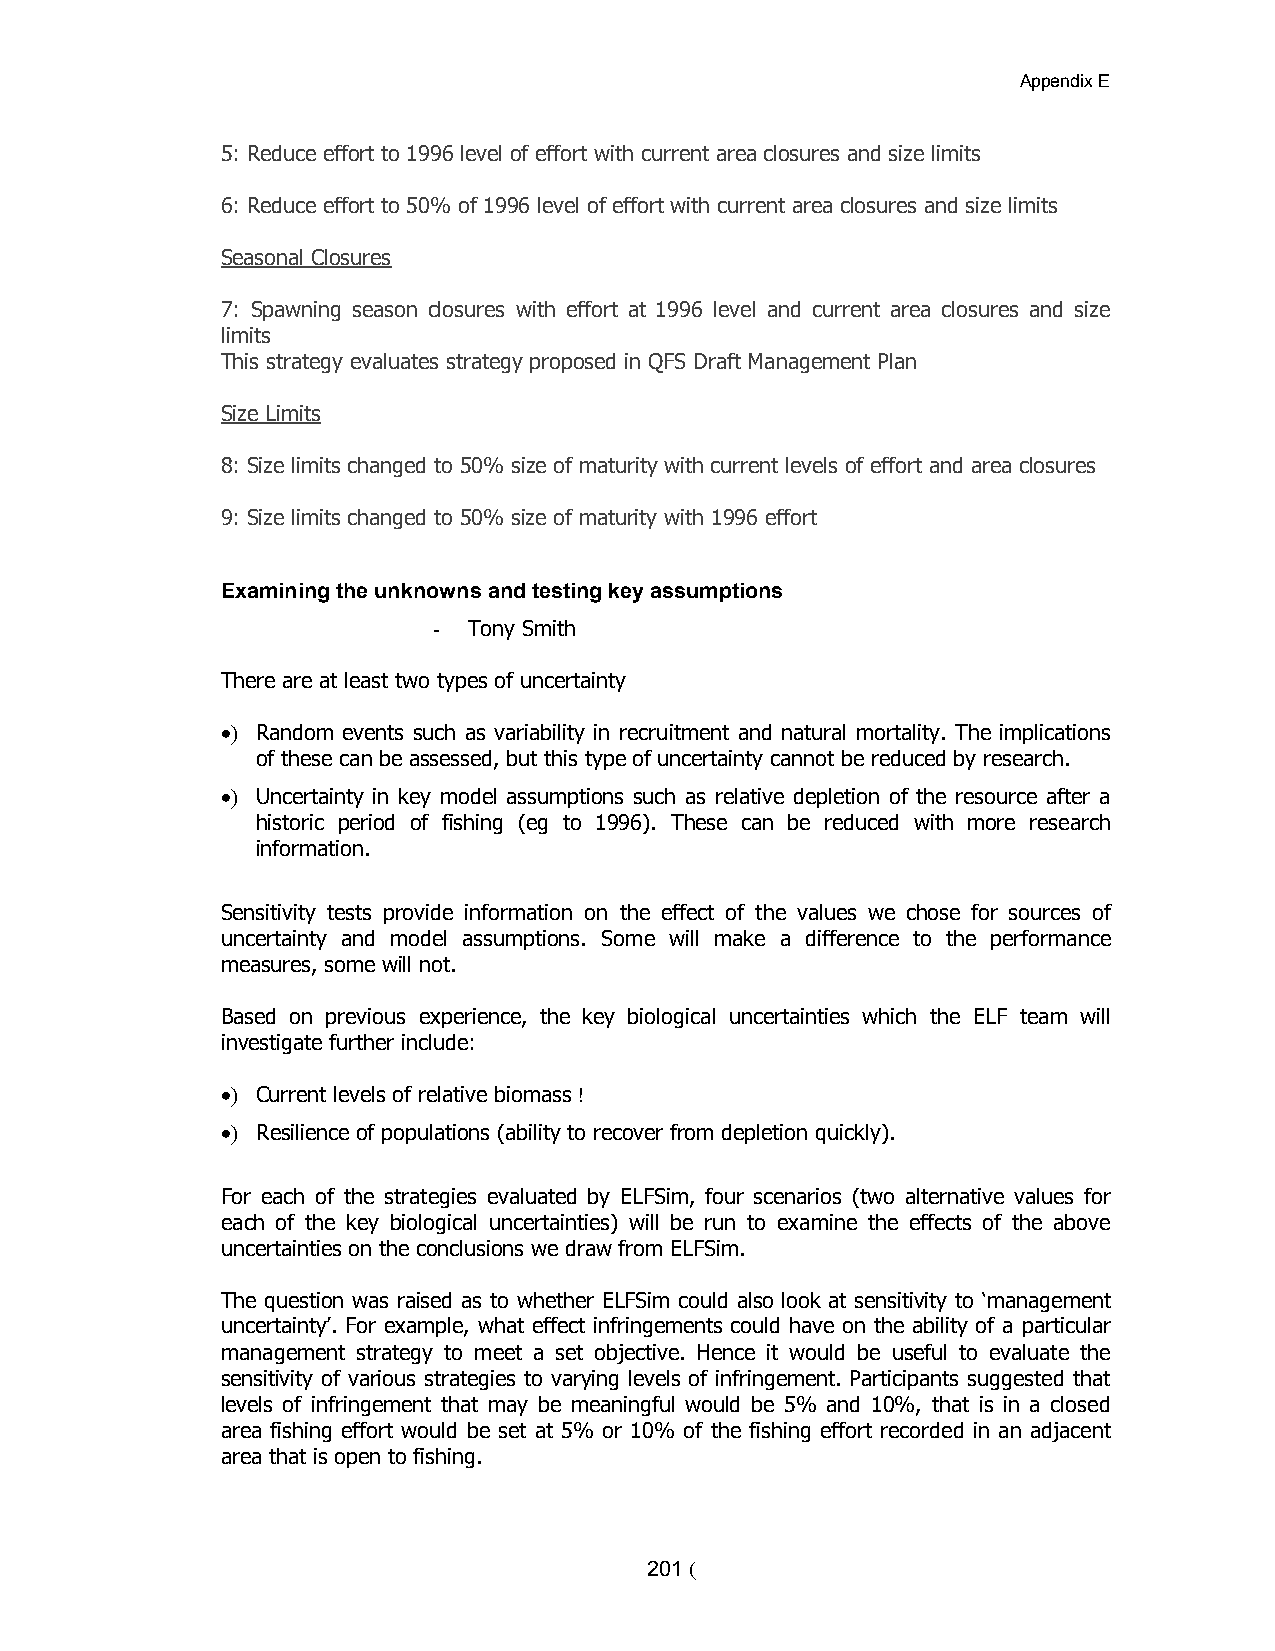
Appendix E
 5: Reduce effort to 1996 level of effort with current area closures and size limits
 6: Reduce effort to 50% of 1996 level of effort with current area closures and size limits
 Seasonal Closures
 7: Spawning season closures with effort at 1996 level and current area closures and size
 limits
 This strategy evaluates strategy proposed in QFS Draft Management Plan
 Size Limits
 8: Size limits changed to 50% size of maturity with current levels of effort and area closures
 9: Size limits changed to 50% size of maturity with 1996 effort
 Examining the unknowns and testing key assumptions
 - Tony Smith
 There are at least two types of uncertainty
 > Random events such as variability in recruitment and natural mortality. The implications
 of these can be assessed, but this type of uncertainty cannot be reduced by research.
 > Uncertainty in key model assumptions such as relative depletion of the resource after a
 historic period of fishing (eg to 1996). These can be reduced with more research
 information.
 Sensitivity tests provide information on the effect of the values we chose for sources of
 uncertainty and model assumptions. Some will make a difference to the performance
 measures, some will not.
 Based on previous experience, the key biological uncertainties which the ELF team will
 investigate further include:
 > Current levels of relative biomass !
 > Resilience of populations (ability to recover from depletion quickly).
 For each of the strategies evaluated by ELFSim, four scenarios (two alternative values for
 each of the key biological uncertainties) will be run to examine the effects of the above
 uncertainties on the conclusions we draw from ELFSim.
 The question was raised as to whether ELFSim could also look at sensitivity to ‘management
 uncertainty’. For example, what effect infringements could have on the ability of a particular
 management strategy to meet a set objective. Hence it would be useful to evaluate the
 sensitivity of various strategies to varying levels of infringement. Participants suggested that
 levels of infringement that may be meaningful would be 5% and 10%, that is in a closed
 area fishing effort would be set at 5% or 10% of the fishing effort recorded in an adjacent
 area that is open to fishing.
 201 (